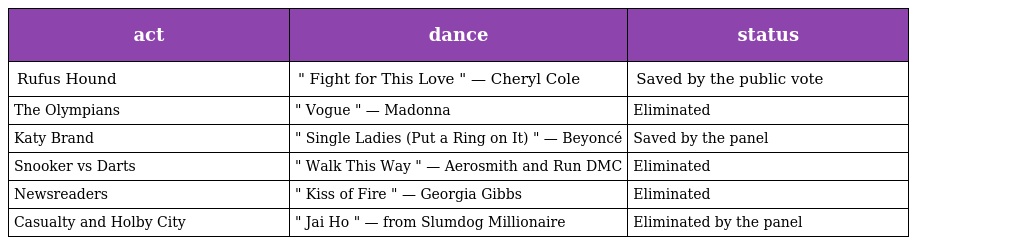
| act | dance | status |
 | --- | --- | --- |
 | Rufus Hound | " Fight for This Love " — Cheryl Cole | Saved by the public vote |
 | The Olympians | " Vogue " — Madonna | Eliminated |
 | Katy Brand | " Single Ladies (Put a Ring on It) " — Beyoncé | Saved by the panel |
 | Snooker vs Darts | " Walk This Way " — Aerosmith and Run DMC | Eliminated |
 | Newsreaders | " Kiss of Fire " — Georgia Gibbs | Eliminated |
 | Casualty and Holby City | " Jai Ho " — from Slumdog Millionaire | Eliminated by the panel |